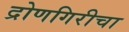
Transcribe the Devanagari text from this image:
द्रोणगिरीचा